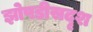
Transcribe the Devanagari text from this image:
झोपडीसदृश